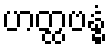
ဟတ္ထဗန္ဓံ